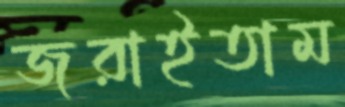
জরাইতাম